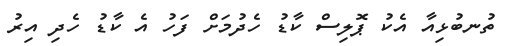
ތުނބުޅިއާ އެކު ޕޮލިސް ކާޑު ހެދުމަށް ފަހު އެ ކާޑު ހެދި އިރު